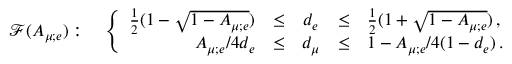
\mathcal { F } ( A _ { \mu ; e } ) : \quad \left\{ \begin{array} { r c c c l } { { \frac { 1 } { 2 } ( 1 - \sqrt { 1 - A _ { \mu ; e } } ) } } & { { \leq } } & { { d _ { e } } } & { { \leq } } & { { \frac { 1 } { 2 } ( 1 + \sqrt { 1 - A _ { \mu ; e } } ) \, , } } \\ { { A _ { \mu ; e } / 4 d _ { e } } } & { { \leq } } & { { d _ { \mu } } } & { { \leq } } & { { 1 - A _ { \mu ; e } / 4 ( 1 - d _ { e } ) \, . } } \end{array} \right.